Treatise on elephants
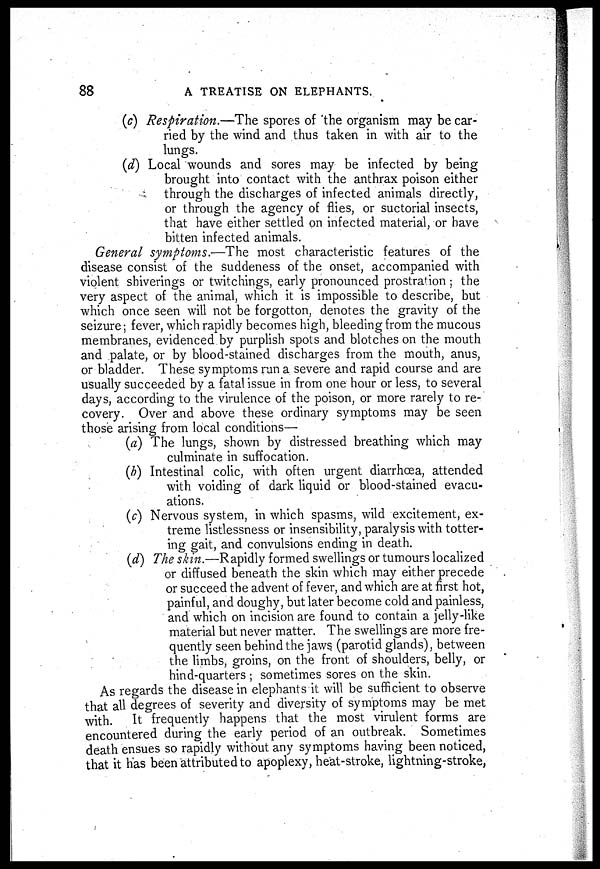
88
A TREATISE ON ELEPHANTS.
(c) Respiration.—The spores of the organism may be car-
ried by the wind and thus taken in with air to the
lungs.
(d) Local wounds and sores may be infected by being
brought into contact with the anthrax poison either
through the discharges of infected animals directly,
or through the agency of flies, or suctorial insects,
that have either settled on infected material, or have
bitten infected animals.
General symptoms.—The most characteristic features of the
disease consist of the suddeness of the onset, accompanied with
violent shiverings or twitchings, early pronounced prostration ; the
very aspect of the animal, which it is impossible to describe, but
which once seen will not be forgotton, denotes the gravity of the
seizure; fever, which rapidly becomes high, bleeding from the mucous
membranes, evidenced by purplish spots and blotches on the mouth
and palate, or by blood-stained discharges from the mouth, anus,
or bladder. These symptoms run a severe and rapid course and are
usually succeeded by a fatal issue in from one hour or less, to several
days, according to the virulence of the poison, or more rarely to re-
covery. Over and above these ordinary symptoms may be seen
those arising from local conditions—
(a) The lungs, shown by distressed breathing which may
culminate in suffocation.
(b) Intestinal colic, with often urgent diarrhoea, attended
with voiding of dark liquid or blood-stained evacu-
ations.
(c) Nervous system, in which spasms, wild excitement, ex-
treme listlessness or insensibility, paralysis with totter-
ing gait, and convulsions ending in death.
(d) The skin.—Rapidly formed swellings or tumours localized
or diffused beneath the skin which may either precede
or succeed the advent of fever, and which are at first hot,
painful, and doughy, but later become cold and painless,
and which on incision are found to contain a jelly-like
material but never matter. The swellings are more fre-
quently seen behind the jaws (parotid glands), between
the limbs, groins, on the front of shoulders, belly, or
hind-quarters ; sometimes sores on the skin.
As regards the disease in elephants it will be sufficient to observe
that all degrees of severity and diversity of symptoms may be met
with. It frequently happens that the most virulent forms are
encountered during the early period of an outbreak. Sometimes
death ensues so rapidly without any symptoms having been noticed,
that it has been attributed to apoplexy, heat-stroke, lightning-stroke,